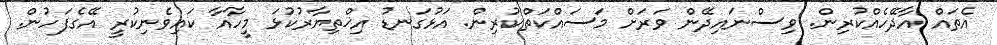
އެތައް އާދޭހެއްކުރިން. ވިސްނައިދޭން ވަރަށް މަސައްކަތްކުރިން. އަޅުގަނޑު އިޚްތިޔާރުކުޅަ މީހާއާ ކައިވެނިކުރީ އޭގެފަހުން.